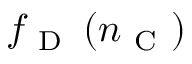
f _ { \mathrm { ~ D ~ } } \left( n _ { \mathrm { ~ C ~ } } \right)